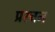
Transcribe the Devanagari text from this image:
प्ररचन